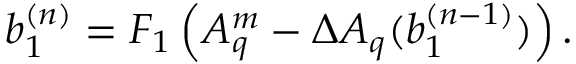
b _ { 1 } ^ { ( n ) } = F _ { 1 } \left( A _ { q } ^ { m } - \Delta A _ { q } ( b _ { 1 } ^ { ( n - 1 ) } ) \right) .